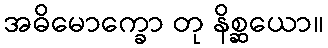
အဓိမောက္ခော တု နိစ္ဆယော။